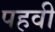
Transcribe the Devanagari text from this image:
पहवी